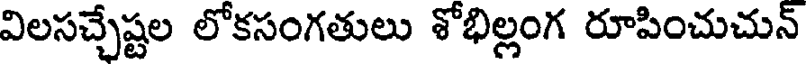
విలసచ్చేష్టల లోకసంగతులు శోభిల్లంగ రూపించుచున్